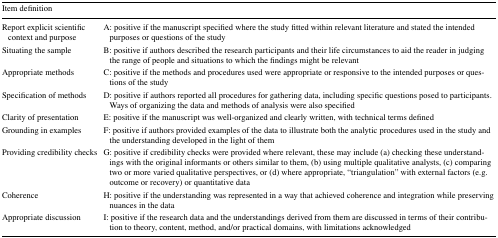
<table><thead><tr><td colspan="2"><b>Item definition</b></td></tr></thead><tbody><tr><td>Report explicit scientific context and purpose</td><td>A: positive if the manuscript specified where the study fitted within relevant literature and stated the intended purposes or questions of the study</td></tr><tr><td>Situating the sample</td><td>B: positive if authors described the research participants and their life circumstances to aid the reader in judging the range of people and situations to which the findings might be relevant</td></tr><tr><td>Appropriate methods</td><td>C: positive if the methods and procedures used were appropriate or responsive to the intended purposes or questions of the study</td></tr><tr><td>Specification of methods</td><td>D: positive if authors reported all procedures for gathering data, including specific questions posed to participants. Ways of organizing the data and methods of analysis were also specified</td></tr><tr><td>Clarity of presentation</td><td>E: positive if the manuscript was well-organized and clearly written, with technical terms defined</td></tr><tr><td>Grounding in examples</td><td>F: positive if authors provided examples of the data to illustrate both the analytic procedures used in the study and the understanding developed in the light of them</td></tr><tr><td>Providing credibility checks</td><td>G: positive if credibility checks were provided where relevant, these may include (a) checking these understandings with the original informants or others similar to them, (b) using multiple qualitative analysts, (c) comparing two or more varied qualitative perspectives, or (d) where appropriate, “triangulation” with external factors (e.g. outcome or recovery) or quantitative data</td></tr><tr><td>Coherence</td><td>H: positive if the understanding was represented in a way that achieved coherence and integration while preserving nuances in the data</td></tr><tr><td>Appropriate discussion</td><td>I: positive if the research data and the understandings derived from them are discussed in terms of their contribution to theory, content, method, and/or practical domains, with limitations acknowledged</td></tr></tbody></table>